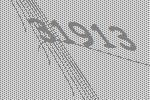
31913